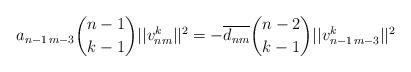
LaTeX: \begin{align*} a_{n-1\,m-3}\binom{n-1}{k-1}||v_{nm}^k||^2= -\overline{d_{nm}}\binom{n-2}{k-1}||v_{n-1\,m-3}^k||^2\end{align*}